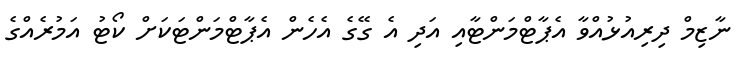
ނާޒިމް ދިރިއުޅުއްވާ އެޕާޓްމަންޓާއި އަދި އެ ގޭގެ އެހެން އެޕާޓްމަންޓަކަށް ކޯޓު އަމުރެއްގެ